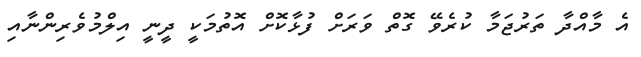
އެ މާއްދާ ތަރުޖަމާ ކުރެވޭ ގޮތް ވަރަށް ފުޅާކޮށް އޮތުމަކީ ދީނީ އިލްމުވެރިންނާއި